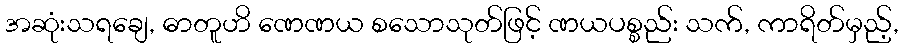
အဆုံးသရချေ, ဓာတူဟိ ဏေဏယ စသောသုတ်ဖြင့် ဏယပစ္စည်း သက်, ကာရိတ်မှည့်,